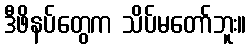
ဒီဖိနပ်တွေက သိပ်မတော်ဘူး။